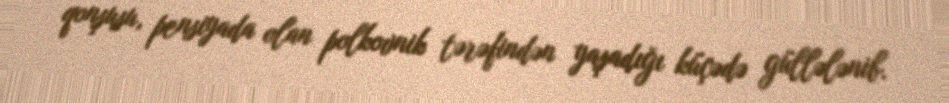
qonşusu, pensiyada olan polkovnik tərəfindən yaşadığı küçədə güllələnib.